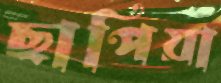
ছাপিয়া